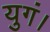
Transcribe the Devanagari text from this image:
युगं।